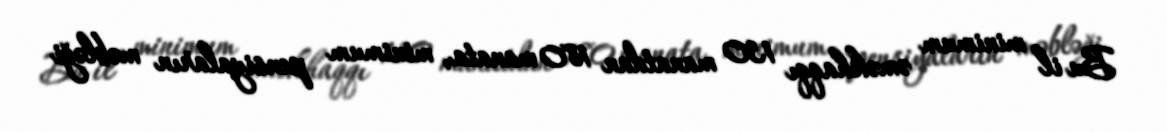
Bu il minimum əməkhaqqı 130 manatdan 180 manata, minimum pensiyaların məbləği